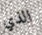
الذي